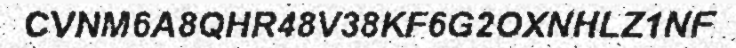
CVNM6A8QHR48V38KF6G2OXNHLZ1NF